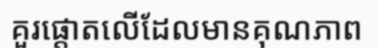
គួរផ្តោតលើដែលមានគុណភាព